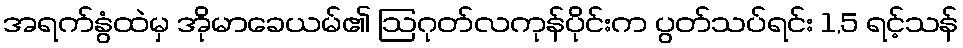
အရက်နွံထဲမှ အိုမာခေယမ်၏ ဩဂုတ်လကုန်ပိုင်းက ပွတ်သပ်ရင်း 1,5 ရင့်သန်